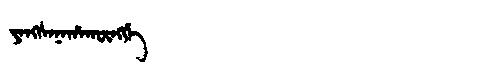
Manchu: ᠶᠠᠩᠰᠠᠨᠠᡥᠠᡴᡡᠩᡤᡝ
Romanization: YANGSANAHAKŪNGGE